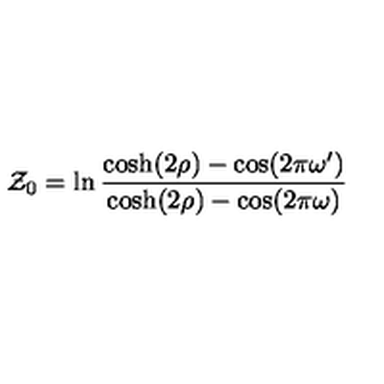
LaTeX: { \cal Z } _ { 0 } = \ln \frac { \cosh ( 2 \rho ) - \cos ( 2 \pi \omega ^ { \prime } ) } { \cosh ( 2 \rho ) - \cos ( 2 \pi \omega ) }